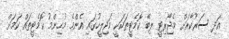
އަދި ސަރުކާރަށް މެޖޯރިޓީ ލިބޭ ކޮމެޓީތަކަކީ މަޖިލީހުގައި އެންމެ މުހިންމު ކޮމެޓީތައް ކަމަށް